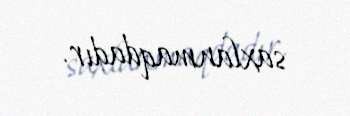
saxlanmaqdadır.